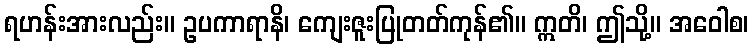
ရဟန်းအားလည်း။ ဥပကာရာနိ၊ ကျေးဇူးပြုတတ်ကုန်၏။ ဣတိ၊ ဤသို့။ အဝေါစ၊